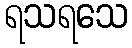
ရသရသေ